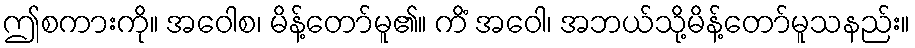
ဤစကားကို။ အဝေါစ၊ မိန့်တော်မူ၏။ ကိံ အဝေါ၊ အဘယ်သို့မိန့်တော်မူသနည်း။